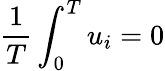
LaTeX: {\frac{1}{T}}\int_{0}^{T}u_{i}=0